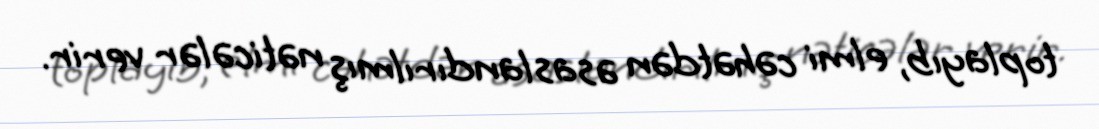
toplayıb, elmi cəhətdən əsaslandırılmış nəticələr verir.